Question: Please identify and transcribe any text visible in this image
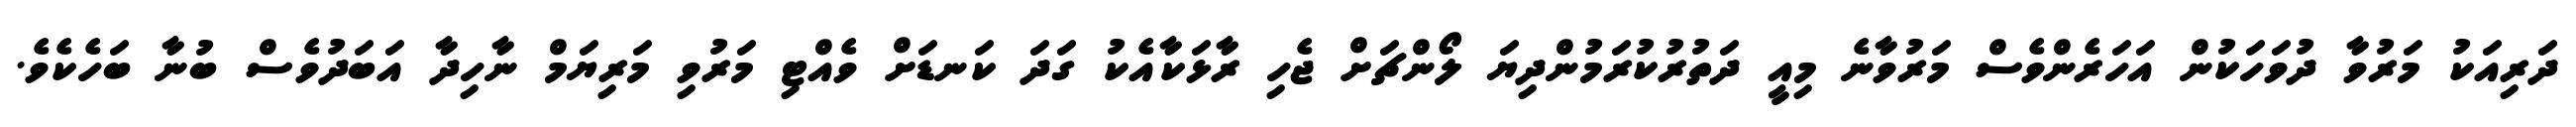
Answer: ދަރިއަކު މަރުވާ ދުވަހަކުން އަހަރެންވެސް މަރުވާނެ މިއީ ދަތުރުކުރަމުންދިޔަ ލޯންޗަށް ޖެހި ރާޅަކާއެކު ގަދަ ކަނޑަށް ވެއްޓި މަރުވި މަރިޔަމް ނާހިދާ އަބަދުވެސް ބުނާ ބަހެކެވެ.